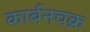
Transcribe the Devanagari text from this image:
कार्बनचक्र